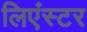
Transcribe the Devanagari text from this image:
लिएंस्टर